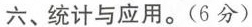
六、统计与应用。(6分)